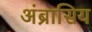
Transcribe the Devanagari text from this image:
अंब्रासिय